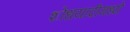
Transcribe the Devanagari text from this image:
शोधयादीमध्ये